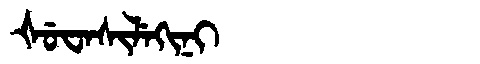
Manchu: ᡧᡠᠸᠠᠰᡳᠯᡝᡴᡳᠨᡳ
Romanization: ŠUWASILEKINI